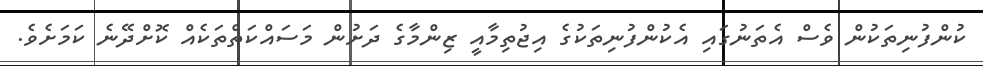
ކުންފުނިތަކުން ވެސް އެތަނުގައި އެކުންފުނިތަކުގެ އިޖުތިމާއީ ޒިންމާގެ ދަށުން މަސައްކަތްތަކެއް ކޮށްދޭނެ ކަމަށެވެ.